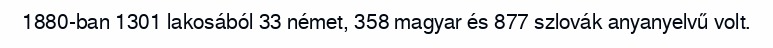
1880-ban 1301 lakosából 33 német, 358 magyar és 877 szlovák anyanyelvű volt.